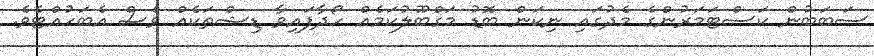
ސަބަބުން ކަސްޓަމަރުންގެ މެދުގައި ނިކަން ބޮޑު މަގްބޫލުކަމެއް ހޯދާފައިވާ ޑިޝްތަކެއް ވެސް އެބަހުއްޓެވެ.